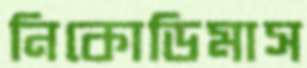
নিকোডিমাস